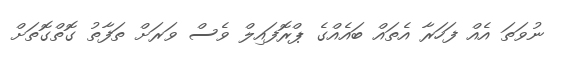
ނުވަަތަ އެއް ފަހަރާ އެތައް ބައެއްގެ ޕްރޮފައިލް ވެސް ވަރަށް ތަފާތު ގޮތްގޮތަށް